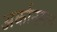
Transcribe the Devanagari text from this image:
अर्कानसन